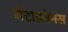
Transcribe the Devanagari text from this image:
मेटाक्रोनस